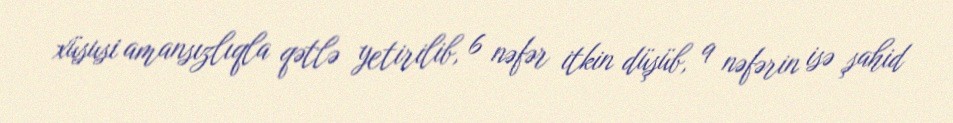
xüsusi amansızlıqla qətlə yetirilib, 6 nəfər itkin düşüb, 9 nəfərin isə şahid